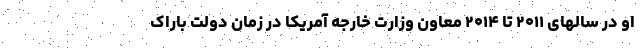
او در سالهای ۲۰۱۱ تا ۲۰۱۴ معاون وزارت خارجه آمریکا در زمان دولت باراک